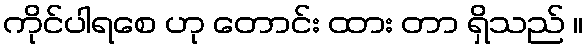
ကိုင်ပါရစေ ဟု တောင်း ထား တာ ရှိသည် ။